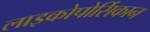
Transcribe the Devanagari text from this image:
लाइकोपोर्सिकान